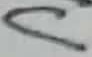
Text: C